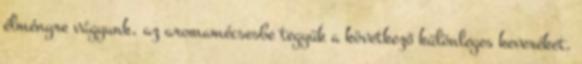
élményre vágyunk, az aromamécsesbe tegyük a következő különleges keveréket.